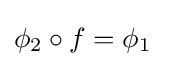
\phi _{2}\circ f=\phi _{1}\quad